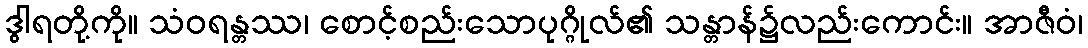
ဒွါရတို့ကို။ သံဝရန္တဿ၊ စောင့်စည်းသောပုဂ္ဂိုလ်၏ သန္တာန်၌လည်းကောင်း။ အာဇီဝံ၊